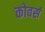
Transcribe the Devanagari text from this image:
कोवर्स